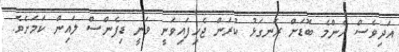
އަދިވެސް އެންމެ ބޮޑަށް ރަނގަޅު ކުރަން ޖެހިފައިވަނީ ވަނީ ޑިފެންސް ލައިން ކަމަށެވެ.